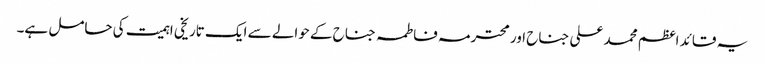
یہ قائد اعظم محمد علی جناح اور محترمہ فاطمہ جناح کے حوالے سے ایک تاریخی اہمیت کی حامل ہے۔